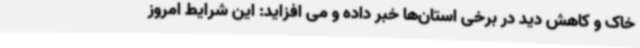
خاک و کاهش دید در برخی استان‌ها خبر داده و می افزاید: این شرایط امروز